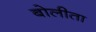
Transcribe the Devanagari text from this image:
बोलीता